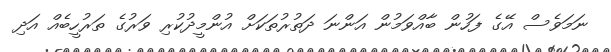
ނަމަވެސް އޭގެ ފަހުން ބާއްވަމުން އަންނަ ދަތުރުތަކަށް އުންމީދުކުރި ވަރުގެ ތަރުހީބެއް އަދި